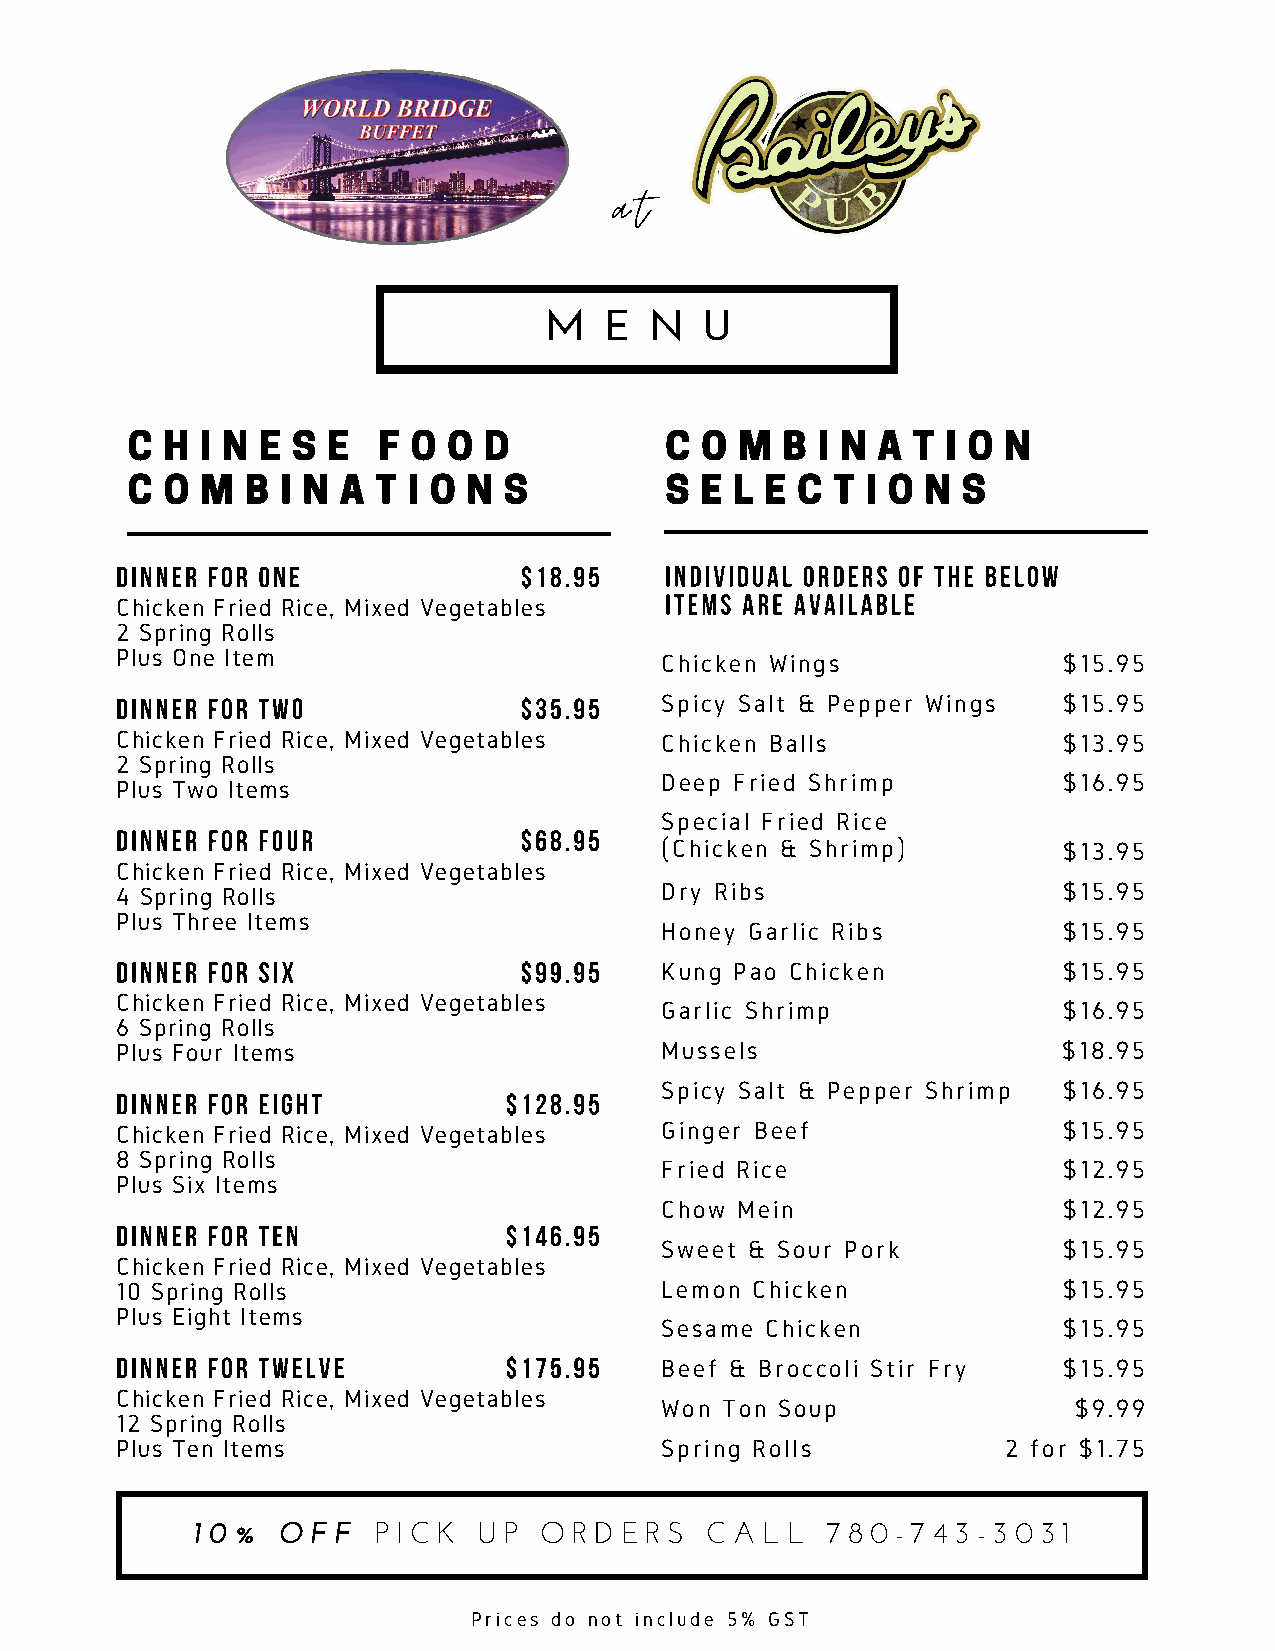
a t
 M   E  N   U
 C  H I N E S  E  F O  O D           C O  M  B I N A T  I O N
 C  O M  B  I N A T I O N S          S E  L E C T I O N  S
 dinner for one            $18.95    Individual orders of the below
 items are available
 Chicken Fried Rice, Mixed Vegetables
 2 Spring Rolls
 Plus One Item                       Chicken Wings             $15.95
 dinner for Two            $35.95    Spicy Salt & Pepper Wings $15.95
 Chicken Fried Rice, Mixed Vegetables Chicken Balls            $13.95
 2 Spring Rolls
 Deep Fried Shrimp         $16.95
 Plus Two Items
 Special Fried Rice
 dinner for four           $68.95
 (Chicken & Shrimp)        $13.95
 Chicken Fried Rice, Mixed Vegetables
 4 Spring Rolls                      Dry Ribs                  $15.95
 Plus Three Items
 Honey Garlic Ribs         $15.95
 dinner for Six            $99.95    Kung Pao Chicken          $15.95
 Chicken Fried Rice, Mixed Vegetables
 Garlic Shrimp             $16.95
 6 Spring Rolls
 Plus Four Items                     Mussels                   $18.95
 Spicy Salt & Pepper Shrimp $16.95
 dinner for eight         $128.95
 Chicken Fried Rice, Mixed Vegetables Ginger Beef              $15.95
 8 Spring Rolls
 Fried Rice                $12.95
 Plus Six Items
 Chow Mein                 $12.95
 dinner for ten           $146.95
 Sweet & Sour Pork         $15.95
 Chicken Fried Rice, Mixed Vegetables
 10 Spring Rolls                     Lemon Chicken             $15.95
 Plus Eight Items
 Sesame Chicken            $15.95
 dinner for twelve        $175.95
 Beef & Broccoli Stir Fry  $15.95
 Chicken Fried Rice, Mixed Vegetables
 Won Ton Soup               $9.99
 12 Spring Rolls
 Plus Ten Items                      Spring Rolls           2 for $1.75
 1 0 % O F F P I C K U P O R D E R S C A L L 7 8 0 - 7 4 3 - 3 0 3 1
 Prices do not include 5% GST